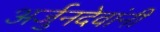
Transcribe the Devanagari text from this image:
अर्जुनदेवांनी